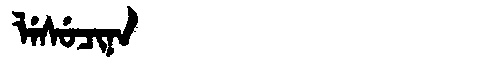
Manchu: ᠯᡝᠰᡠᠴᡳᠨᠠ
Romanization: LESUCINA